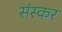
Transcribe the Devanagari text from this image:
संस्कर